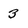
Character: 3